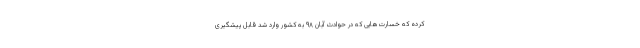
کرده که خسارت‌هایی که در حوادث آبان ۹۸ به کشور وارد شد قابل پیشگیری